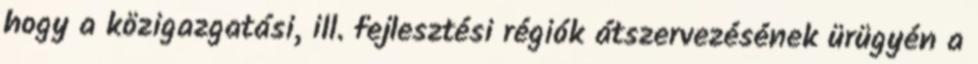
hogy a közigazgatási, ill. fejlesztési régiók átszervezésének ürügyén a